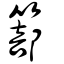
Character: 篰